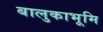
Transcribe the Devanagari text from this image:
बालुकाभूमि